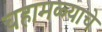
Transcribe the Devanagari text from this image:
चहामळ्याचे